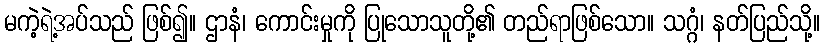
မကဲ့ရဲ့အပ်သည် ဖြစ်၍။ ဌာနံ၊ ကောင်းမှုကို ပြုသောသူတို့၏ တည်ရာဖြစ်သော။ သဂ္ဂံ၊ နတ်ပြည်သို့။